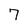
Character: 7